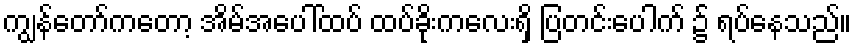
ကျွန်တော်ကတော့ အိမ်အပေါ်ထပ် ထပ်ခိုးကလေးရှိ ပြတင်းပေါက် ၌ ရပ်နေသည်။